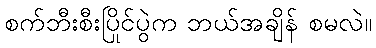
စက်ဘီးစီးပြိုင်ပွဲက ဘယ်အချိန် စမလဲ။